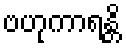
ဗဟုကာရန္တိ